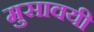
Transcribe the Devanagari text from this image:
मुसावयी